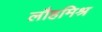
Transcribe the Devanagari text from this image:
लौहमिश्र